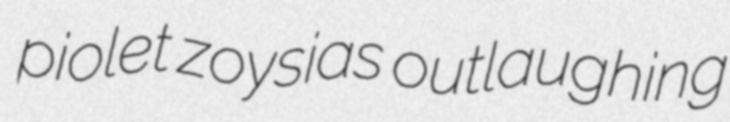
piolet zoysias outlaughing